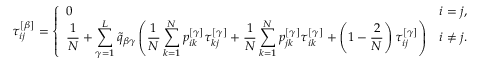
\tau _ { i j } ^ { \left[ \beta \right] } = \left\{ \begin{array} { l l } { \displaystyle 0 } & { \displaystyle i = j , } \\ { \displaystyle \frac { 1 } { N } + \sum _ { \gamma = 1 } ^ { L } \widetilde { q } _ { \beta \gamma } \left( \frac { 1 } { N } \sum _ { k = 1 } ^ { N } p _ { i k } ^ { \left[ \gamma \right] } \tau _ { k j } ^ { \left[ \gamma \right] } + \frac { 1 } { N } \sum _ { k = 1 } ^ { N } p _ { j k } ^ { \left[ \gamma \right] } \tau _ { i k } ^ { \left[ \gamma \right] } + \left( 1 - \frac { 2 } { N } \right) \tau _ { i j } ^ { \left[ \gamma \right] } \right) } & { \displaystyle i \neq j . } \end{array} \right.